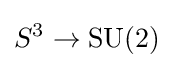
S^{3}\rightarrow \operatorname {SU} (2)